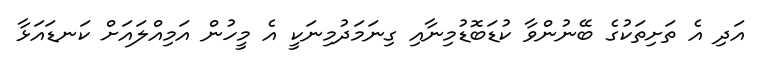
އަދި އެ ތަށިތަކުގެ ބޭނުންވާ ކުޑަބޮޑުމިނާއި ގިނަމަދުމިނަކީ އެ މީހުން އަމިއްލައަށް ކަނޑައަޅާ